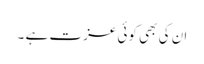
ان کی بھی کوئی عزت ہے ۔